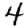
Digit: 4